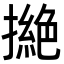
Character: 撧